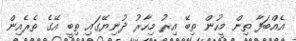
އެއްބަފާ ތިން މީހުން ތިބޭ އިރު މިހާރު ދުނިޔޭގައި ތިބީ އޭގެ ތެރެއިން